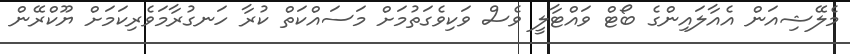
މެލޭޝިއަން އެއާލައިންގެ ބޯޓް ވައްޓާލީ ވެސް ވަކިވެގަތުމަށް މަސައްކަތް ކުރާ ހަނގުރާމަވެރިކަމަށް ޔޫކްރޭން